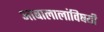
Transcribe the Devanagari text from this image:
आबालालांविषयी